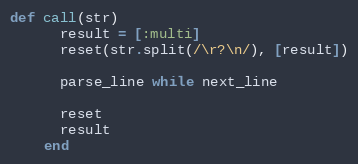
Language: Ruby
def call(str)
      result = [:multi]
      reset(str.split(/\r?\n/), [result])

      parse_line while next_line

      reset
      result
    end